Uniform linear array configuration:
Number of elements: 12
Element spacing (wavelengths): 0.5
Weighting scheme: blackman
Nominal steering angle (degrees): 15
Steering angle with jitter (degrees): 16.657
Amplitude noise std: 0.05
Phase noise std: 0.05

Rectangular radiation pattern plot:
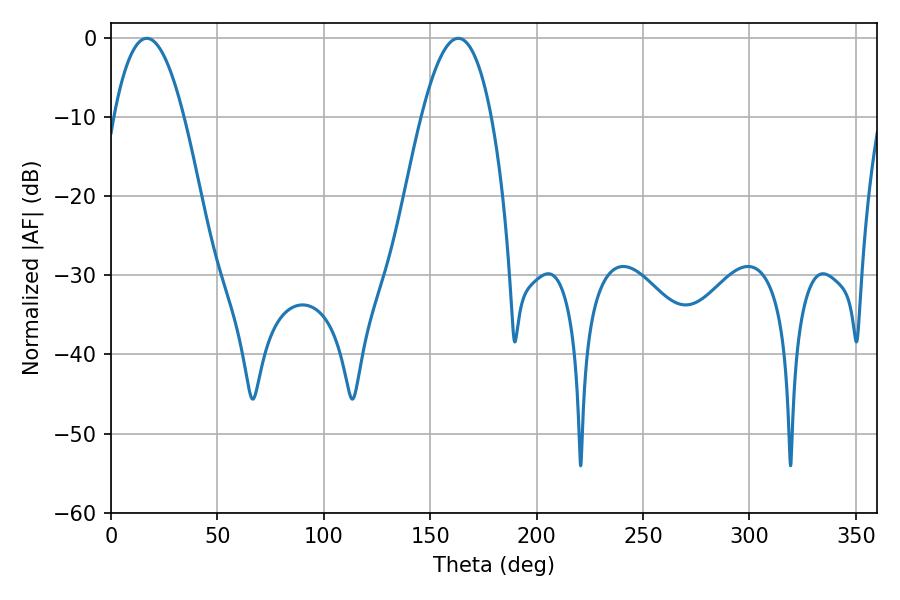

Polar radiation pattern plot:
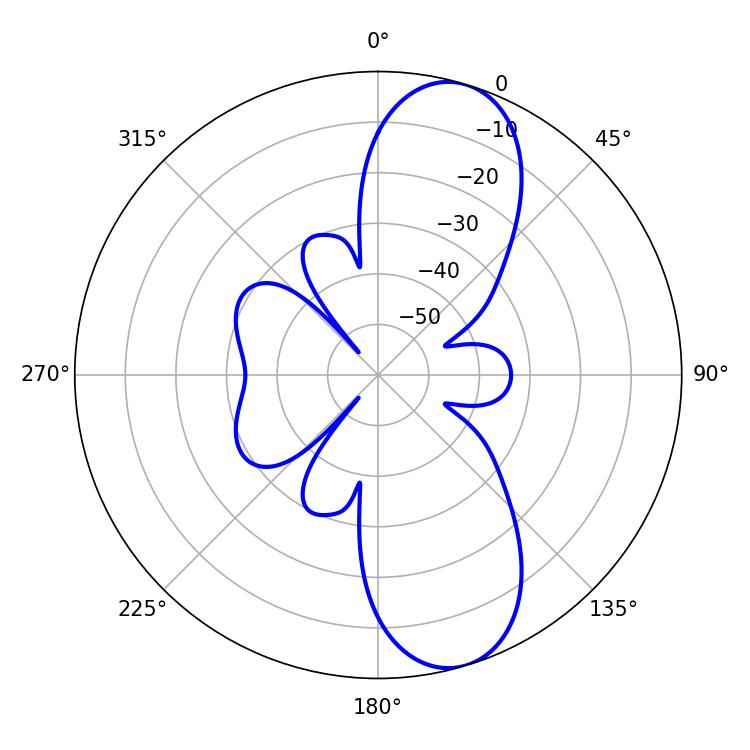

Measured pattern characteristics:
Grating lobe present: FALSE
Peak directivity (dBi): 9.987
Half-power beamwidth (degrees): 18
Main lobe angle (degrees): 16.74